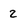
Character: 2